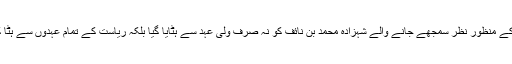
پھر مارچ میں ہونے والی ملاقات کا نتیجہ 21 جون کو سامنے آیا، جب امریکا اور سابق صدر اوباما کے منظورِ نظر سمجھے جانے والے شہزادہ محمد بن نائف کو نہ صرف ولی عہد سے ہٹایا گیا بلکہ ریاست کے تمام عہدوں سے ہٹا کر محمد بن سلمان کو ولی عہد مقرر کردیا گیا، اور نائب ولی عہد کا فرمائشی عہدہ بھی ختم کردیا گیا۔